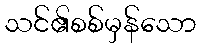
သင်၏စစ်မှန်သော